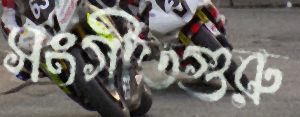
সংগীতগুরু